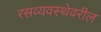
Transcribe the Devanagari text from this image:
रसव्यवस्थेवरील